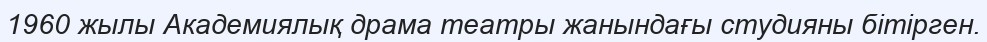
1960 жылы Академиялық драма театры жанындағы студияны бітірген.